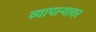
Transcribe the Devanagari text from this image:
व्यापाऱ्यावर